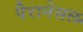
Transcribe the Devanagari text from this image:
पैरानेसल